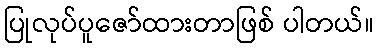
ပြုလုပ်ပူဇော်ထားတာဖြစ် ပါတယ်။